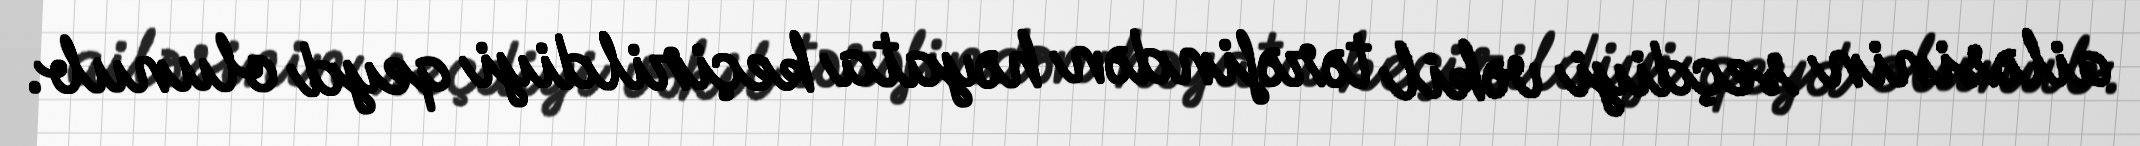
ailəsinin seçdiyi vəkil tərəfindən həyata keçirildiyi qeyd olunub.